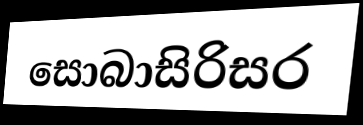
සොබාසිරිසර